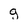
Character: g